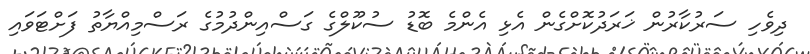
ދިވެހި ސަރުކާރުން ޚަރަދުކޮށްގެން އެޅި އެންމެ ބޮޑު ސުކޫލްގެ ގަސްއިންދުމުގެ ރަސްމިއްޔާތު ފަށްޓަވައި